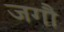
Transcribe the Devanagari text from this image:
जगौ